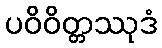
ပဝိဝိတ္တဿုဒံ